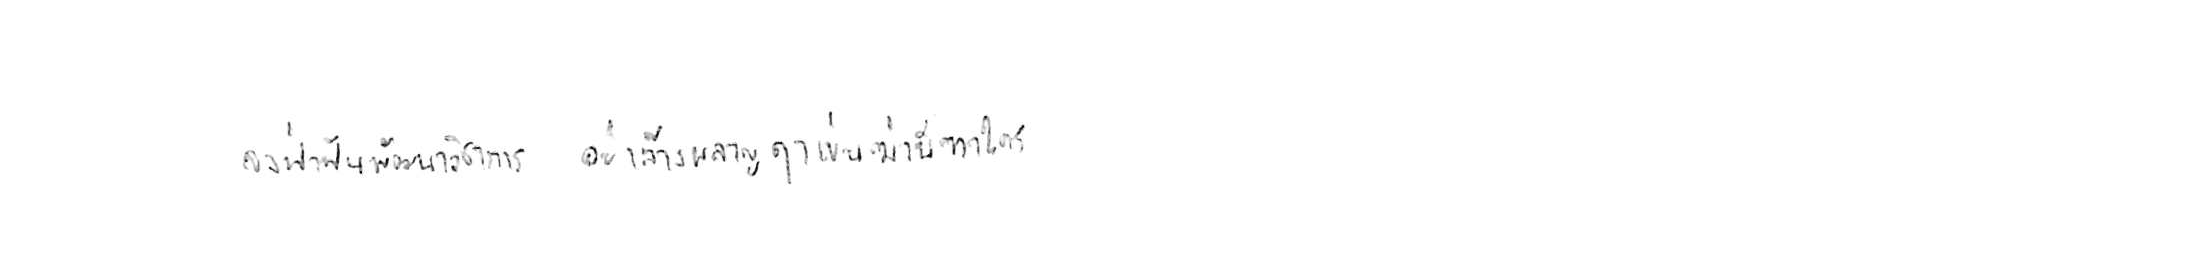
จงฝ่าฟันพัฒนาวิชาการ อย่าล้างผลาญฤๅเข่นฆ่าบีฑาใคร